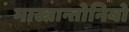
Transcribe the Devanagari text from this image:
मास्त्रान्तोनियो